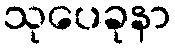
သုပေခုနာ